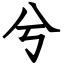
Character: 兮